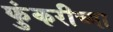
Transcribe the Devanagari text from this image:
फुंकरीच्या